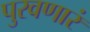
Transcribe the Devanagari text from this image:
पुरवणारं